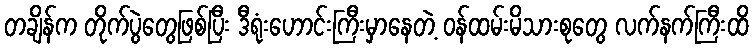
တချိန်က တိုက်ပွဲတွေဖြစ်ပြီး ဒီရုံးဟောင်းကြီးမှာနေတဲ့ ဝန်ထမ်းမိသားစုတွေ လက်နက်ကြီးထိ